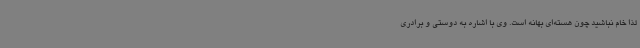
لذا خام نباشید چون هسته‌ای بهانه است. وی با اشاره به دوستی و برادری